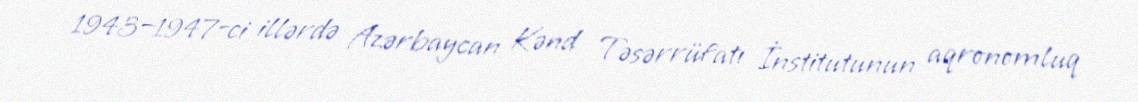
1943—1947-ci illərdə Azərbaycan Kənd Təsərrüfatı İnstitutunun aqronomluq